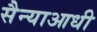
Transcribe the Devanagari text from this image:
सैन्याआधी